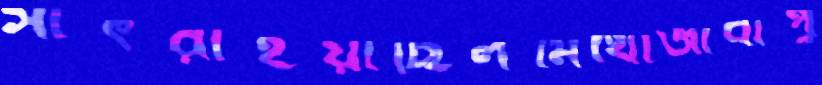
সাঁৎরাইয়াছিলমিথোজীবীপু